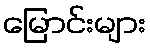
မြောင်းများ